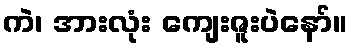
ကဲ၊ အားလုံး ကျေးဇူးပဲနော်။